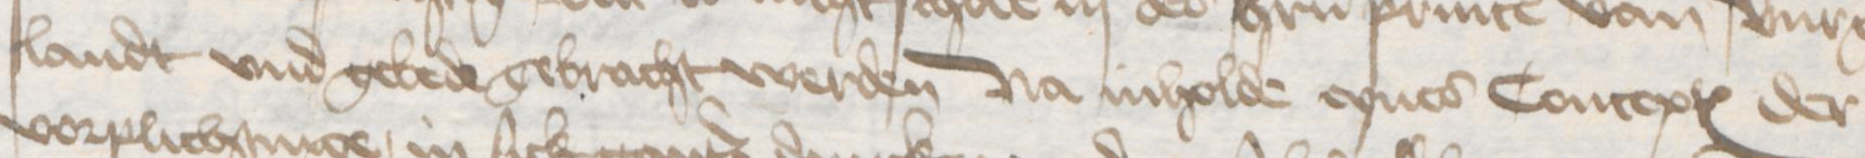
landt vnd gebede gebracht werden Na inholde eynes Conceptes der